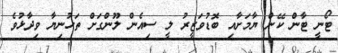
ޓޯނީ ޓާން ކޭން ޔާމަށާއި ބޮޑުވަޒީރު ލީ ސިއެން ލޫންގަށް ތަހުނިޔާ ވިދާޅުވެ